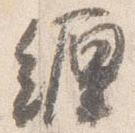
纏